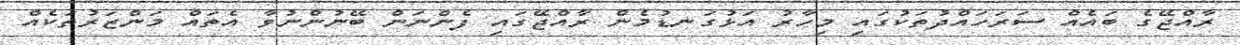
ރާއްޖޭގެ ބައެއް ސަރަހައްދުތަކުގައި މިހާރު އަޅުގަނޑުމެން ރާއްޖޭގައި ފެންނަން ބޭނުންނުވާ އެތައް މަންޒަރުތަކެއް